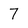
Character: 7